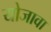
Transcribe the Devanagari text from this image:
योजावा